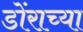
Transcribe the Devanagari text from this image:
डोंराच्या